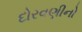
દોરવણીનો